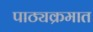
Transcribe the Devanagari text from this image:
पाठ्यक्रमात